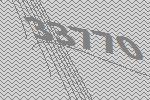
33770